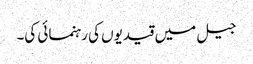
جیل میں قیدیوں کی رہنمائی کی۔